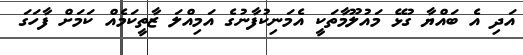
އަދި އެ ބައްޔާ ގުޅޭ މައުލޫމާތަކީ އެމަނިކުފާނުގެ އަމިއްލަ ޒާތީކަމެއް ކަމަށް ފާހަގަ